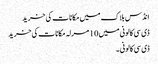
انڈس بلاک میں مکانات کی خرید
ڈی سی کالونی میں 10 مرلہ مکانات کی خرید
ڈی سی کالونی ۔